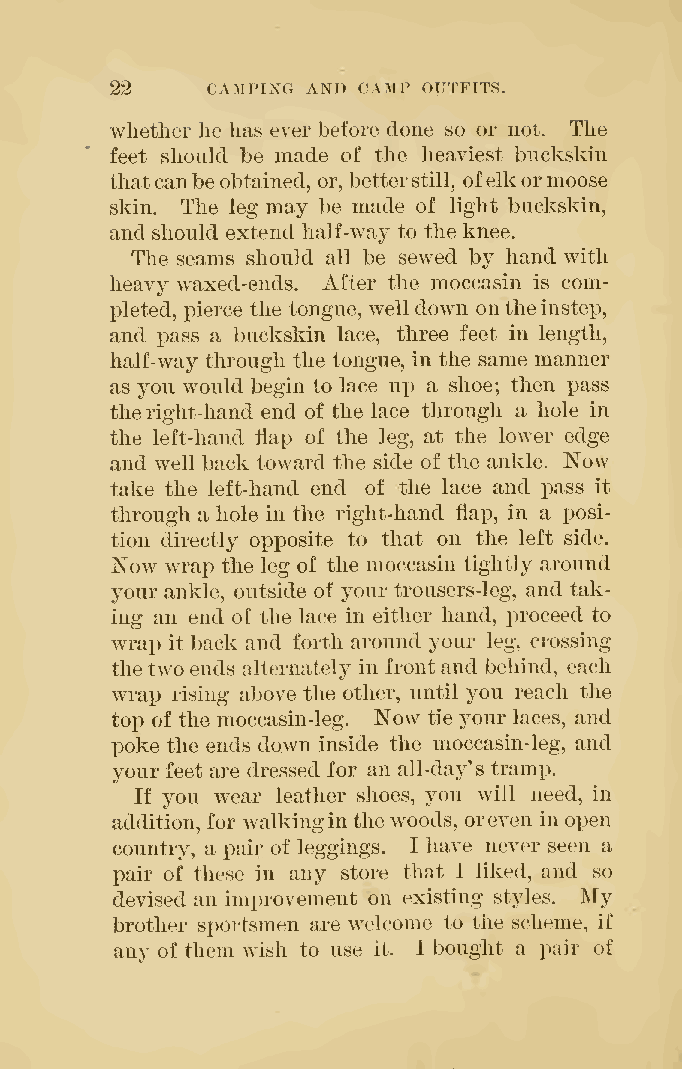
22     CAMPING AND CAMP OUTFITS.
 whether he has ever before done so or not. The
 feet should be made of the heaviest buckskin
 thatcanbeobtained, or, betterstill, ofelkormoose
 skin. The leg may be made of light buckskin,
 and should extend half-way to the knee.
 The seams should all be sewed by hand with
 heavy waxed-ends. After the moccasin is com-
 pleted, pierce the tongue, welldown on theinstep,
 and pass a buckskin lace, three feet in length,
 half-way through the tongue, in the same manner
 as you would begin to lace up a shoe; then pass
 theright-hand end of the lace through a hole in
 the left-hand flap of the leg, at the loAver edge
 Now
 and well back toward the side of the ankle.
 take the left-hand end of the lace and pass it
 through a hole in the right-hand flap, in a posi-
 tion directly opposite to that on the left side.
 Now wrap the leg of the moccasin tightly around
 your ankle, outside of your trousers-leg, and tak-
 ing an end of the lace in either hand, proceed to
 wrap it back and forth around your leg, crossing
 thetwo ends alternately in front and behind, each
 wrap rising above the other, until you reach the
 top of the moccasin-leg. Now tie your laces, and
 poke the ends down inside the moccasin-leg, and
 your feet are dressed for an all-day's tramp.
 If you wear leather shoes, you will need, in
 addition, for walkinginthe woods, oreven in open
 country, a pair of leggings. I have never seen a
 pair of these in any store that I liked, and so
 My
 devised an improvement on existing styles.
 brother sportsmen are welcome to the scheme, if
 any of them wish to use it. I bought a pair of